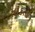
તાકતા